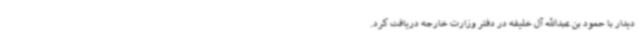
دیدار با حمود بن عبدالله آل خلیفه در دفتر وزارت خارجه دریافت کرد.